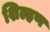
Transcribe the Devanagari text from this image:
शिल्हण